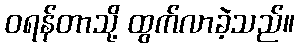
ဝရန်တာသို့ ထွက်လာခဲ့သည်။